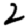
Digit: 2